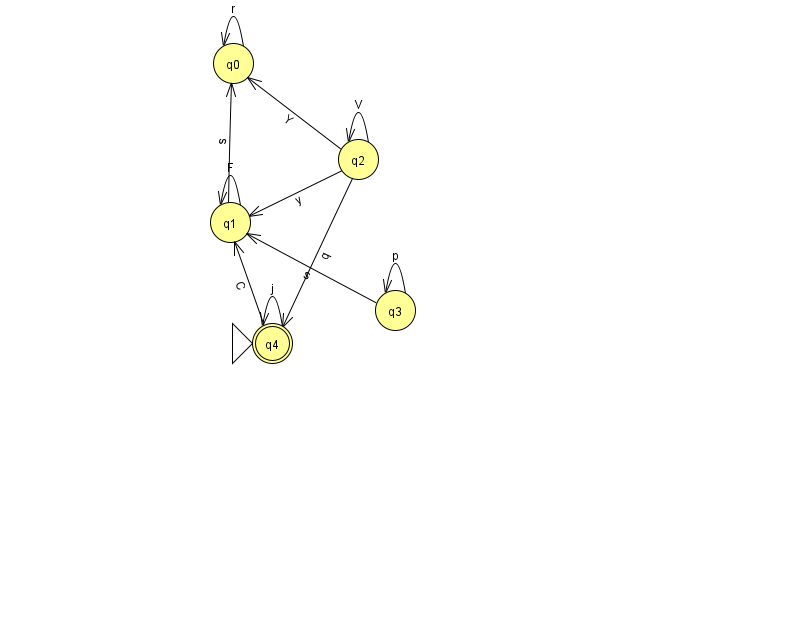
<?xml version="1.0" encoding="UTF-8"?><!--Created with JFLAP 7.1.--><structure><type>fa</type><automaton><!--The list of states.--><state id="0" name="q0"><x>233.0</x><y>50.0</y></state><state id="1" name="q1"><x>230.0</x><y>209.0</y></state><state id="2" name="q2"><x>358.0</x><y>146.0</y></state><state id="3" name="q3"><x>395.0</x><y>297.0</y></state><state id="4" name="q4"><x>272.0</x><y>330.0</y><initial/><final/></state><!--The list of transitions.--><transition><from>3</from><to>3</to><read>p</read></transition><transition><from>0</from><to>0</to><read>r</read></transition><transition><from>3</from><to>1</to><read>s</read></transition><transition><from>1</from><to>1</to><read>F</read></transition><transition><from>2</from><to>2</to><read>V</read></transition><transition><from>1</from><to>0</to><read>s</read></transition><transition><from>2</from><to>1</to><read>y</read></transition><transition><from>4</from><to>1</to><read>C</read></transition><transition><from>4</from><to>4</to><read>j</read></transition><transition><from>2</from><to>4</to><read>q</read></transition><transition><from>2</from><to>0</to><read>Y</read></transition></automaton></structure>